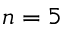
n = 5